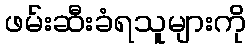
ဖမ်းဆီးခံရသူများကို